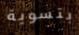
بتسوية